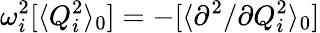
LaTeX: \omega_{i}^{2}[\langle Q_{i}^{2}\rangle_{0}]=-[\langle\partial^{2}/\partial Q_{i}^{2}\rangle_{0}]